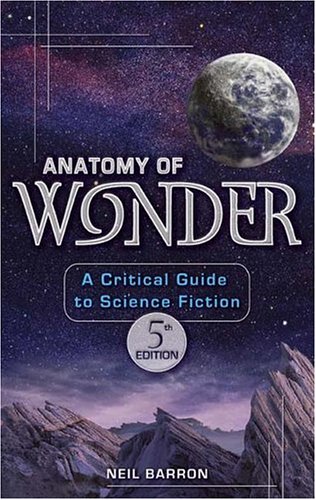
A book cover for Anatomy of Wonder: A Critical Guide to Science Fiction; Science Fiction & Fantasy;